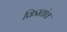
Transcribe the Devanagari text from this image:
क्रिस्तांव